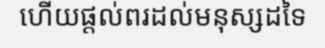
ហើយផ្តល់ពរដល់មនុស្សដទៃ